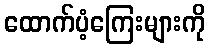
ထောက်ပံ့ကြေးများကို